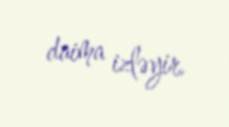
daima izləyir.